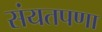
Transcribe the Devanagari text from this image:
संयतपणा